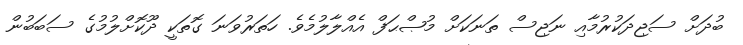
ބުދަށް ސަޖިދަކުރުމާއި ނަޖިސް ތަނަކަށް މުޞްޙަފް އެއްލާލުމެވެ. ހަތަރުވަނަ ގޮތަކީ ދޫކޮށްލުމުގެ ސަބަބުން